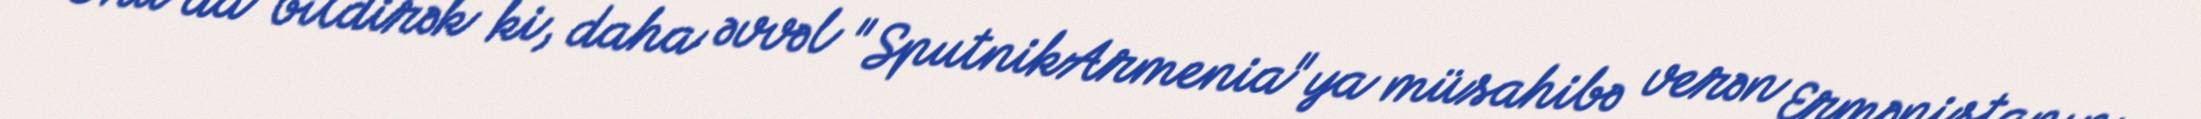
Onu da bildirək ki, daha əvvəl "SputnikArmenia"ya müsahibə verən Ermənistanın